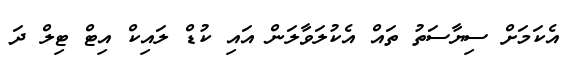
އެކަމަށް ސިޔާސަތު ތައް އެކުލަވާލަން އައި ކުޑް ލައިކް އިޓް ޓިލް ދަ